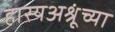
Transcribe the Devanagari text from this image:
हास्यअश्रूंच्या